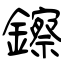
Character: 鑔